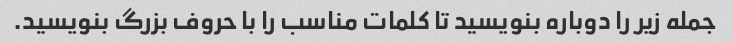
جمله زیر را دوباره بنویسید تا کلمات مناسب را با حروف بزرگ بنویسید.